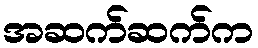
အဆက်ဆက်က